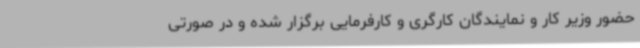
حضور وزیر کار و نمایندگان کارگری و کارفرمایی برگزار شده و در صورتی